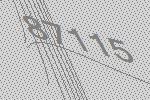
87115